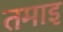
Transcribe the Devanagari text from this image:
तमाइ